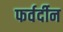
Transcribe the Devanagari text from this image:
फर्वर्दीन